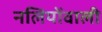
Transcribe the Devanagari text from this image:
नलियोंवाली